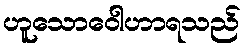
ဟူသောဝေါဟာရသည်